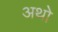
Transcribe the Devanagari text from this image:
अथो